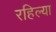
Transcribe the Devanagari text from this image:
रहिल्या